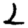
Digit: 2